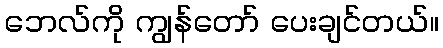
ဘေလ်ကို ကျွန်တော် ပေးချင်တယ်။